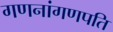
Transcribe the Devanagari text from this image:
गणनांगणपति